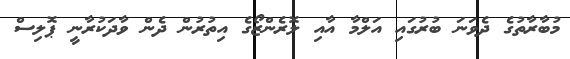
މުބާރާތުގެ ދެވަނަ ބުރުގައި އަލްމާ އާއި ލޮރެންޒޯގެ އިތުރުން ދެން ވާދަކުރާނީ ޕޮލިސް